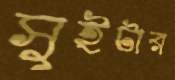
সুইটার